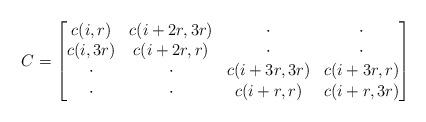
LaTeX: \begin{align*}C=\begin{bmatrix}c(i,r)&c(i+2r,3r)&\cdot&\cdot\\c(i,3r)&c(i+2r,r)&\cdot&\cdot\\\cdot&\cdot&c(i+3r,3r)&c(i+3r,r)\\\cdot&\cdot&c(i+r,r)&c(i+r,3r)\end{bmatrix}\end{align*}